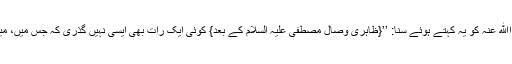
مثنی بن سعید روایت کرتے ہیں کہ میں نے حضرت انس رضی اﷲ عنہ کو یہ کہتے ہوئے سنا: ’’{ظاہری وصال مصطفی علیہ السلام کے بعد} کوئی ایک رات بھی ایسی نہیں گذری کہ جس میں، میں اپنے حبیب مکرم صلی اﷲ علیہ وسلم کی زیارت نہ کرتا ہوں۔